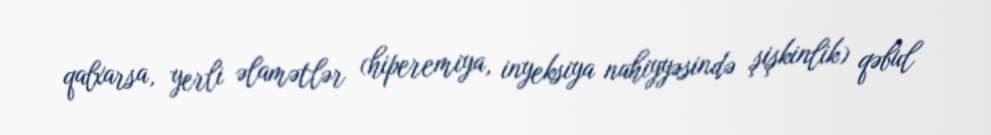
qalxarsa, yerli əlamətlər (hiperemiya, inyeksiya nahiyyəsində şişkinlik) qəbul